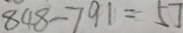
8 4 8 - 7 9 1 = 5 7